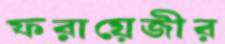
ফরায়েজীর